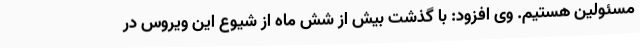
مسئولین هستیم. وی افزود: با گذشت بیش از شش ماه از شیوع این ویروس در